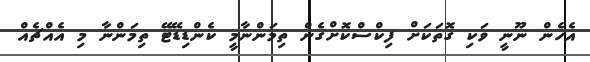
އެހެން ނޫނީ ވަކި ގޮތަކަށް ފިކްސްކޮށްގެން ތިމަންނާމީ ކެންޑިޑޭޓޭ ތިމަންނާ މި އެއްޗެއް